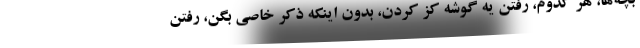
بچه‌ها، هر كدوم، رفتن يه گوشه كز كردن، بدون اينكه ذكر خاصي بگن، رفتن